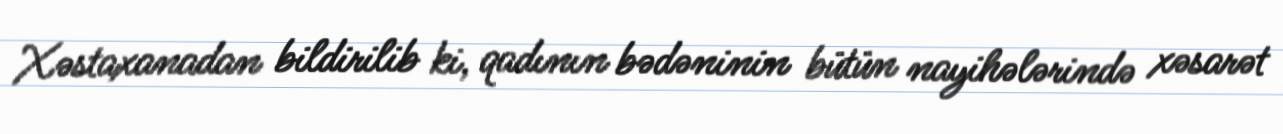
Xəstaxanadan bildirilib ki, qadının bədəninin bütün nayihələrində xəsarət